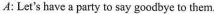
A: Let's have a party to say goodbye to them.